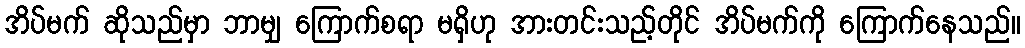
အိပ်မက် ဆိုသည်မှာ ဘာမျှ ကြောက်စရာ မရှိဟု အားတင်းသည့်တိုင် အိပ်မက်ကို ကြောက်နေသည်။